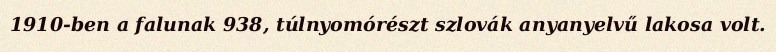
1910-ben a falunak 938, túlnyomórészt szlovák anyanyelvű lakosa volt.